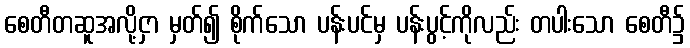
စေတီတဆူအလို့ငှာ မှတ်၍ စိုက်သော ပန်းပင်မှ ပန်းပွင့်ကိုလည်း တပါးသော စေတီ၌